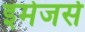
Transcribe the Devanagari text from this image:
इमेजर्स